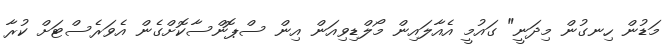
މަޑުން ހިނގުން މިދަނީ" ގައުމީ އެއާލައިން މޯލްޑިވިއަން އިން ސްޕޮންސާކޮށްގެން އެވަރެސްޓަށް ކުރާ